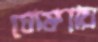
ঘোষণায়